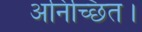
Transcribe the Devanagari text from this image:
अनिच्छित।